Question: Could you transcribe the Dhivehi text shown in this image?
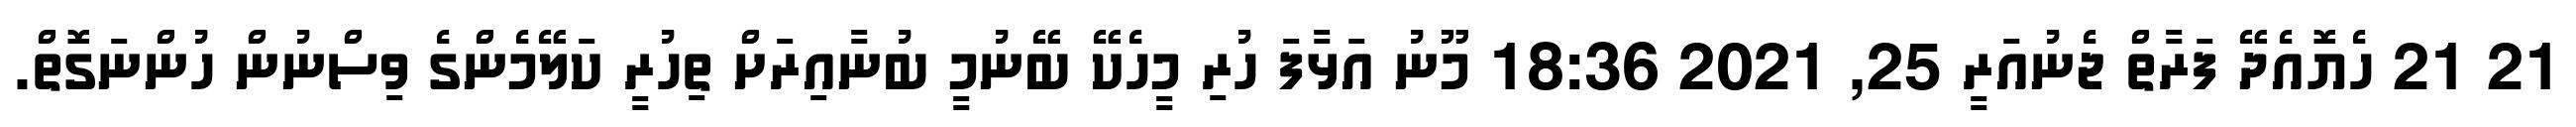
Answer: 21 21 ހެޔޮއެދޭ ފަރާތް ޖެނުއަރީ 25, 2021 18:36 މޫނު އަޅާފަ ހުރި މީހެކޭ ބޭނުމީ ބުނާއިރަށް ތިހުރީ ކަލޭމެންގެ ވިސްނުން ހުންނަގޮތް.